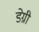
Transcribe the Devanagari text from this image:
डेग्री